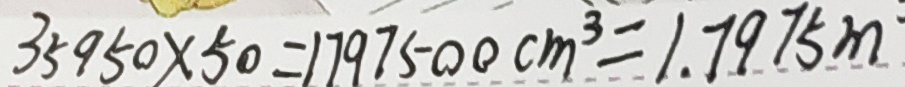
3 5 9 5 0 \times 5 0 = 1 7 9 7 5 0 0 c m ^ { 3 } = 1 . 7 9 7 5 m \cdot